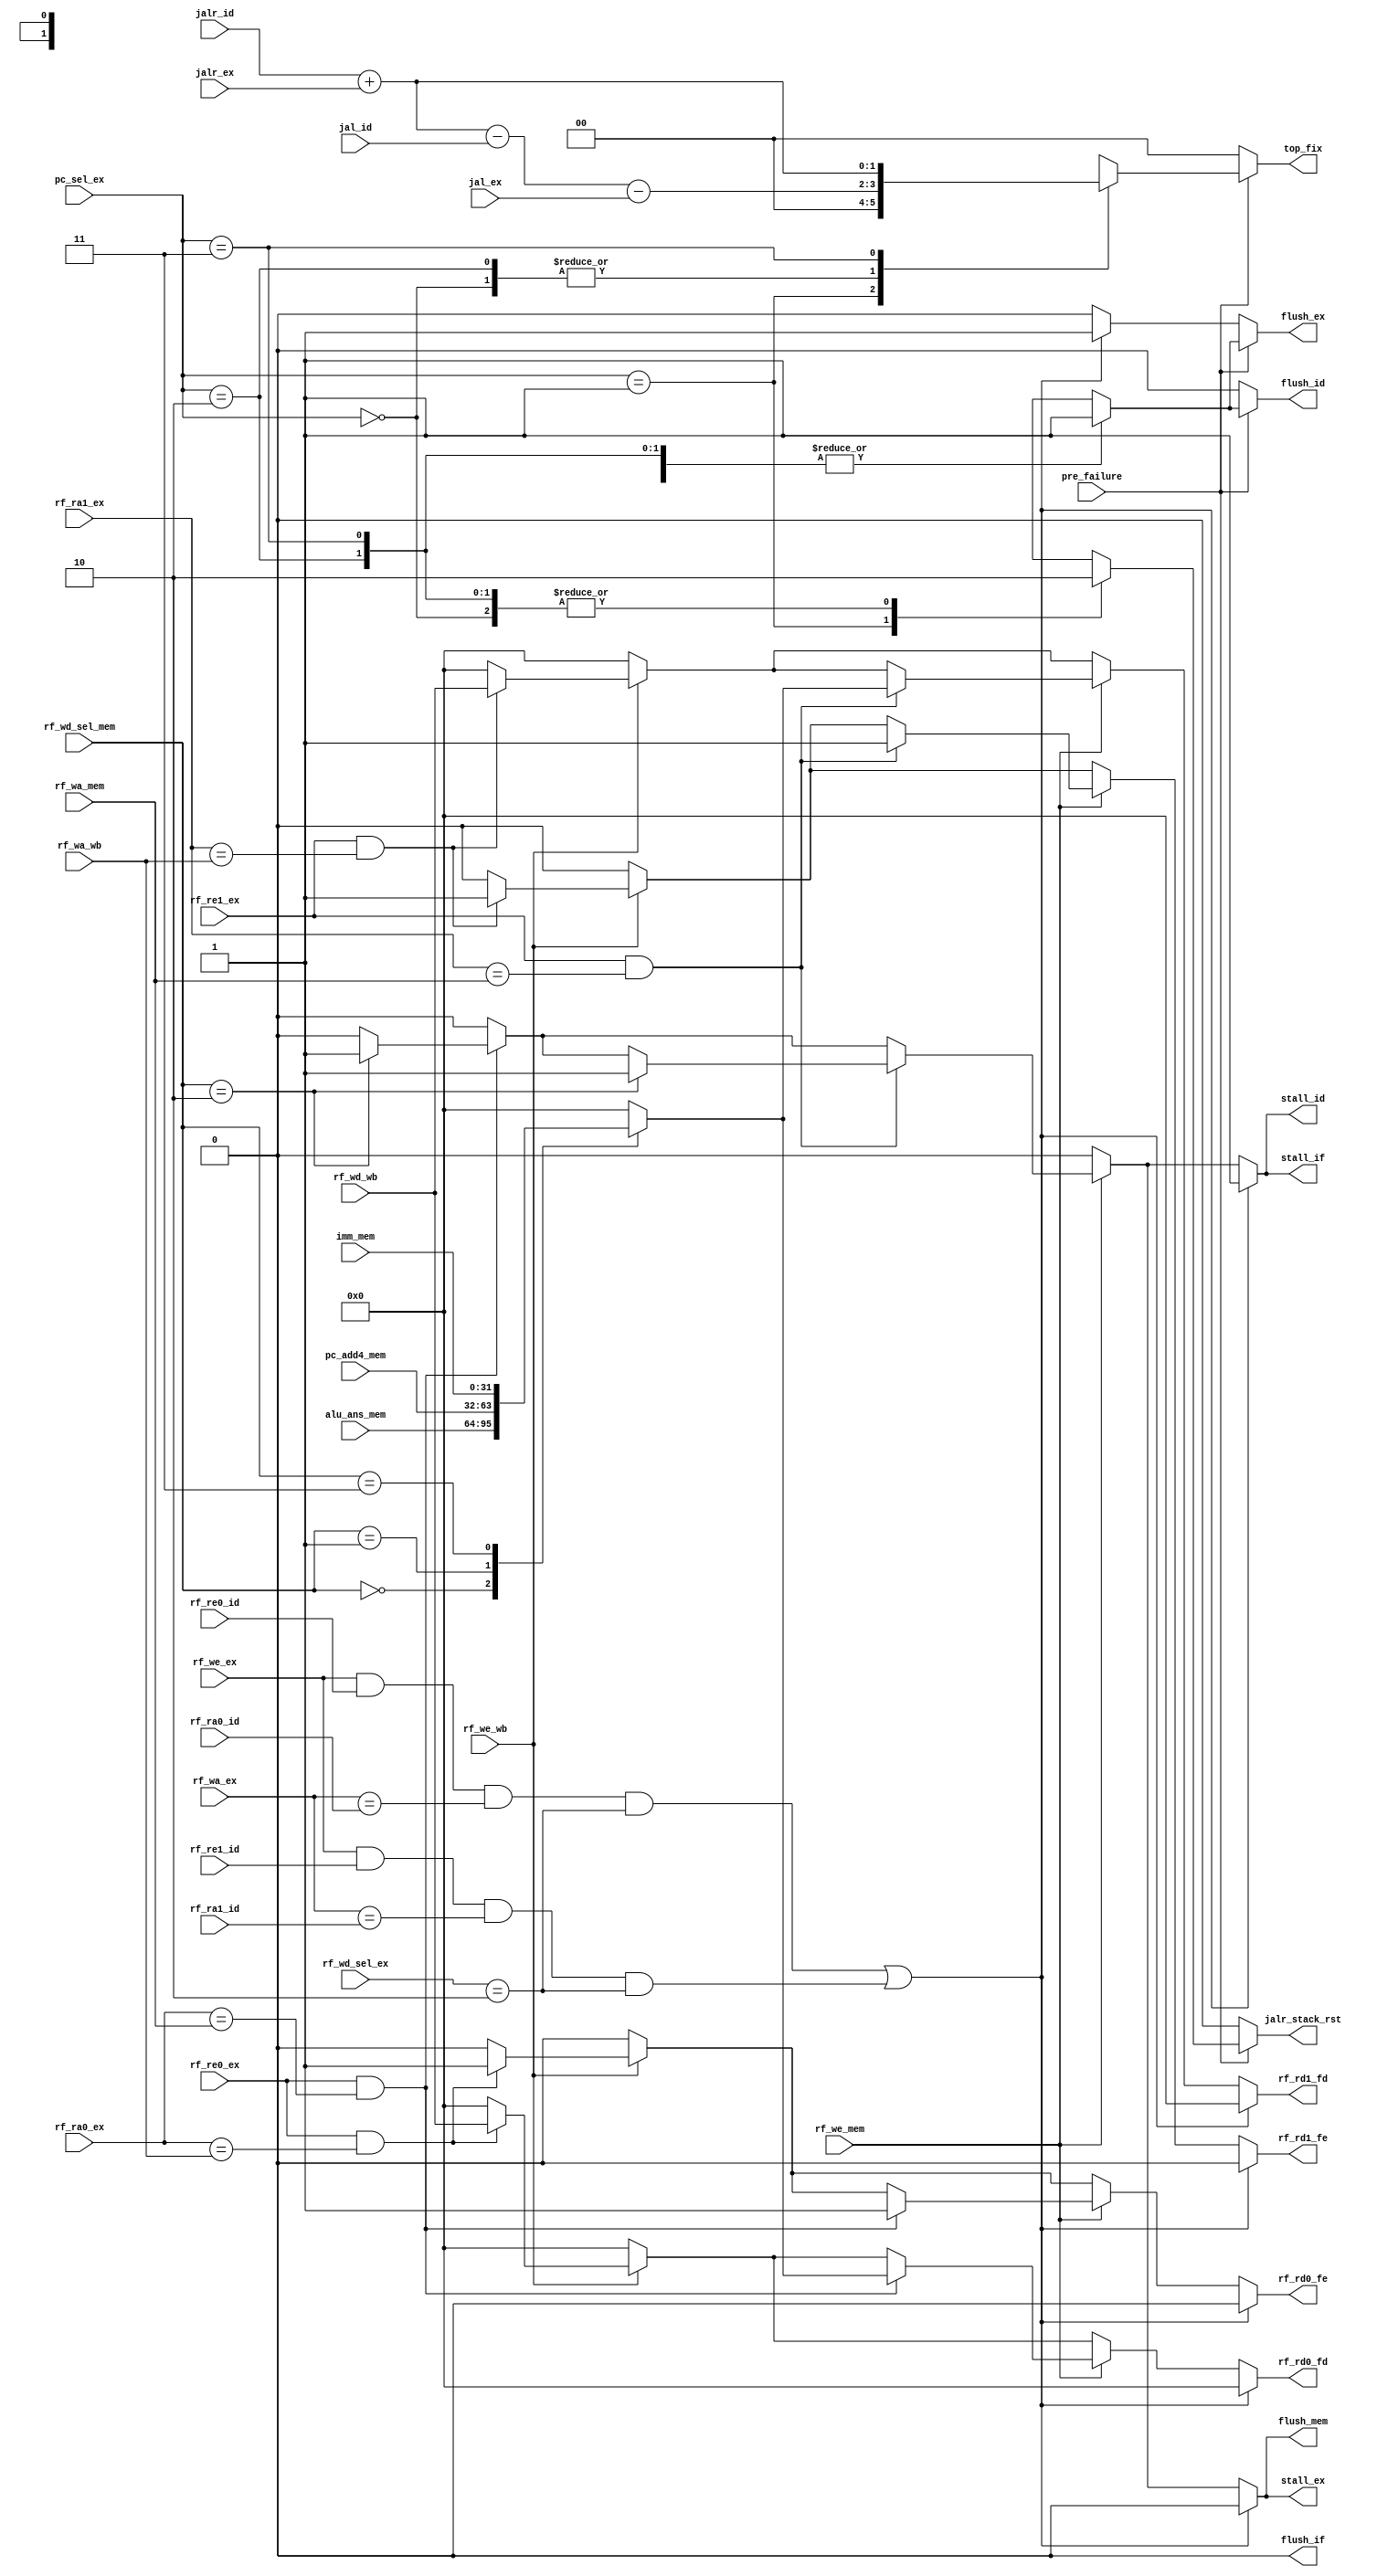
module Hazard (
    input [4:0] rf_ra0_ex,
    input [4:0] rf_ra1_ex,
    input [4:0] rf_ra0_id,
    input [4:0] rf_ra1_id,
    input rf_re0_ex,
    input rf_re1_ex,
    input rf_re0_id,
    input rf_re1_id,
    input [4:0] rf_wa_mem,
    input [4:0] rf_wa_ex,
    input rf_we_mem,
    input rf_we_ex,
    input [1:0] rf_wd_sel_mem,
    input [1:0] rf_wd_sel_ex,
    input [31:0] alu_ans_mem,
    input [31:0] pc_add4_mem,
    input [31:0] imm_mem,
    input [4:0] rf_wa_wb,
    input rf_we_wb,
    input [31:0] rf_wd_wb,
    input [1:0] pc_sel_ex,
    input pre_failure,
    input jal_id,
    input jal_ex,
    input jalr_id,
    input jalr_ex,
    output reg rf_rd0_fe,
    output reg rf_rd1_fe,
    output reg [31:0] rf_rd0_fd,
    output reg [31:0] rf_rd1_fd,
    output reg stall_if,
    output reg stall_id,
    output reg stall_ex,
    output reg flush_if,
    output reg flush_id,
    output reg flush_ex,
    output reg flush_mem,
    output reg jalr_stack_rst,
    output reg [1:0] top_fix
);
    reg [31:0] rf_wd_mem;
    always @(*) begin
        rf_wd_mem=0;
        case (rf_wd_sel_mem)
            0: rf_wd_mem=alu_ans_mem;
            1: rf_wd_mem=pc_add4_mem;
            3: rf_wd_mem=imm_mem;       //rf_wd_sel_mem==2
        endcase
    end

    always @(*) begin
        rf_rd0_fe=0; rf_rd0_fd=0; rf_rd1_fe=0; rf_rd1_fd=0;
        stall_if=0; stall_id=0; stall_ex=0;
        flush_if=0; flush_id=0; flush_ex=0; flush_mem=0;
        jalr_stack_rst=0; top_fix=0;
        if (rf_we_ex && rf_re0_id && rf_wa_ex == rf_ra0_id && rf_wd_sel_ex == 2
            || rf_we_ex && rf_re1_id && rf_wa_ex == rf_ra1_id && rf_wd_sel_ex == 2)begin    //addi, lw, add
            stall_if = 1;
            stall_id = 1;
            flush_ex = 1;
        end
        else begin
            if(rf_we_wb)begin   //
                if(rf_re0_ex==1 && rf_ra0_ex==rf_wa_wb)begin    //
                    rf_rd0_fe=1;
                    rf_rd0_fd=rf_wd_wb;
                end
                if(rf_re1_ex==1 && rf_ra1_ex==rf_wa_wb)begin    //
                    rf_rd1_fe=1;
                    rf_rd1_fd=rf_wd_wb;
                end
            end
            if(rf_we_mem)begin  //
                if(rf_re0_ex==1 && rf_ra0_ex==rf_wa_mem)begin   //
                    if(rf_wd_sel_mem==2)begin   //
                        stall_if=1;
                        stall_id=1;
                        stall_ex=1;
                        flush_mem=1;
                    end
                    rf_rd0_fe=1;
                    rf_rd0_fd=rf_wd_mem;
                end
                if(rf_re1_ex==1 && rf_ra1_ex==rf_wa_mem)begin   //
                    if(rf_wd_sel_mem==2)begin   //
                        stall_if=1;
                        stall_id=1;
                        stall_ex=1;
                        flush_mem=1;
                    end
                    rf_rd1_fe=1;
                    rf_rd1_fd=rf_wd_mem;
                end
            end
        end
        
        if(pre_failure)begin
            case (pc_sel_ex)
                2'h0: begin //ex
                    top_fix=jalr_id+jalr_ex-jal_id-jal_ex;
                    flush_id=1;
                    flush_ex=1;
                end
                2'h1: begin //jalrjalrjalr
                    jalr_stack_rst=1;
                    flush_id=1;
                    flush_ex=1;
                end
                2'h2: begin //br
                    top_fix=jalr_id+jalr_ex-jal_id-jal_ex;
                    flush_id=1;
                    flush_ex=1;
                end
                2'h3: begin//jal
                    top_fix=jalr_id+jalr_ex;
                    flush_id=1;
                    flush_ex=1;
                end
            endcase
        end
    end
endmodule